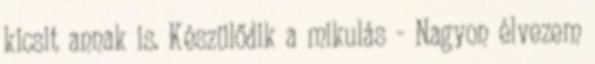
kicsit annak is. Készülődik a mikulás - Nagyon élvezem